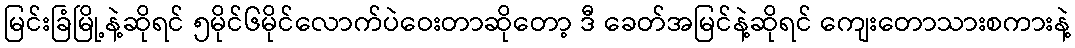
မြင်းခြံမြို့နဲ့ဆိုရင် ၅မိုင်၆မိုင်လောက်ပဲဝေးတာဆိုတော့ ဒီ ခေတ်အမြင်နဲ့ဆိုရင် ကျေးတောသားစကားနဲ့